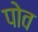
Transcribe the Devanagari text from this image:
पोव